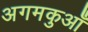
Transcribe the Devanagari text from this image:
अगमकुआँ